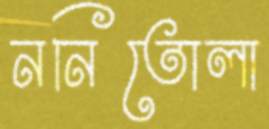
ননিতোলা